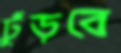
ঢুঁড়বে